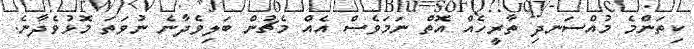
ކިތަންމެ މުއްސަނދި ތާރީހެއް އޮތް ނަމަވެސް އެއް މެޗުން ބަލިވެދާނެ ނުވަތަ މޮޅުވެދާނެ.